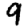
Digit: 9